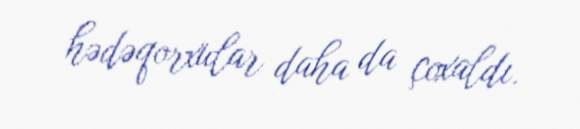
hədəqorxular daha da çoxaldı.